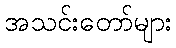
အသင်းတော်များ